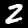
Digit: 2